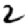
Digit: 2